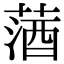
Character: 𦵩